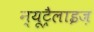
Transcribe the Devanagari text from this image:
न्यूट्रैलाइज़